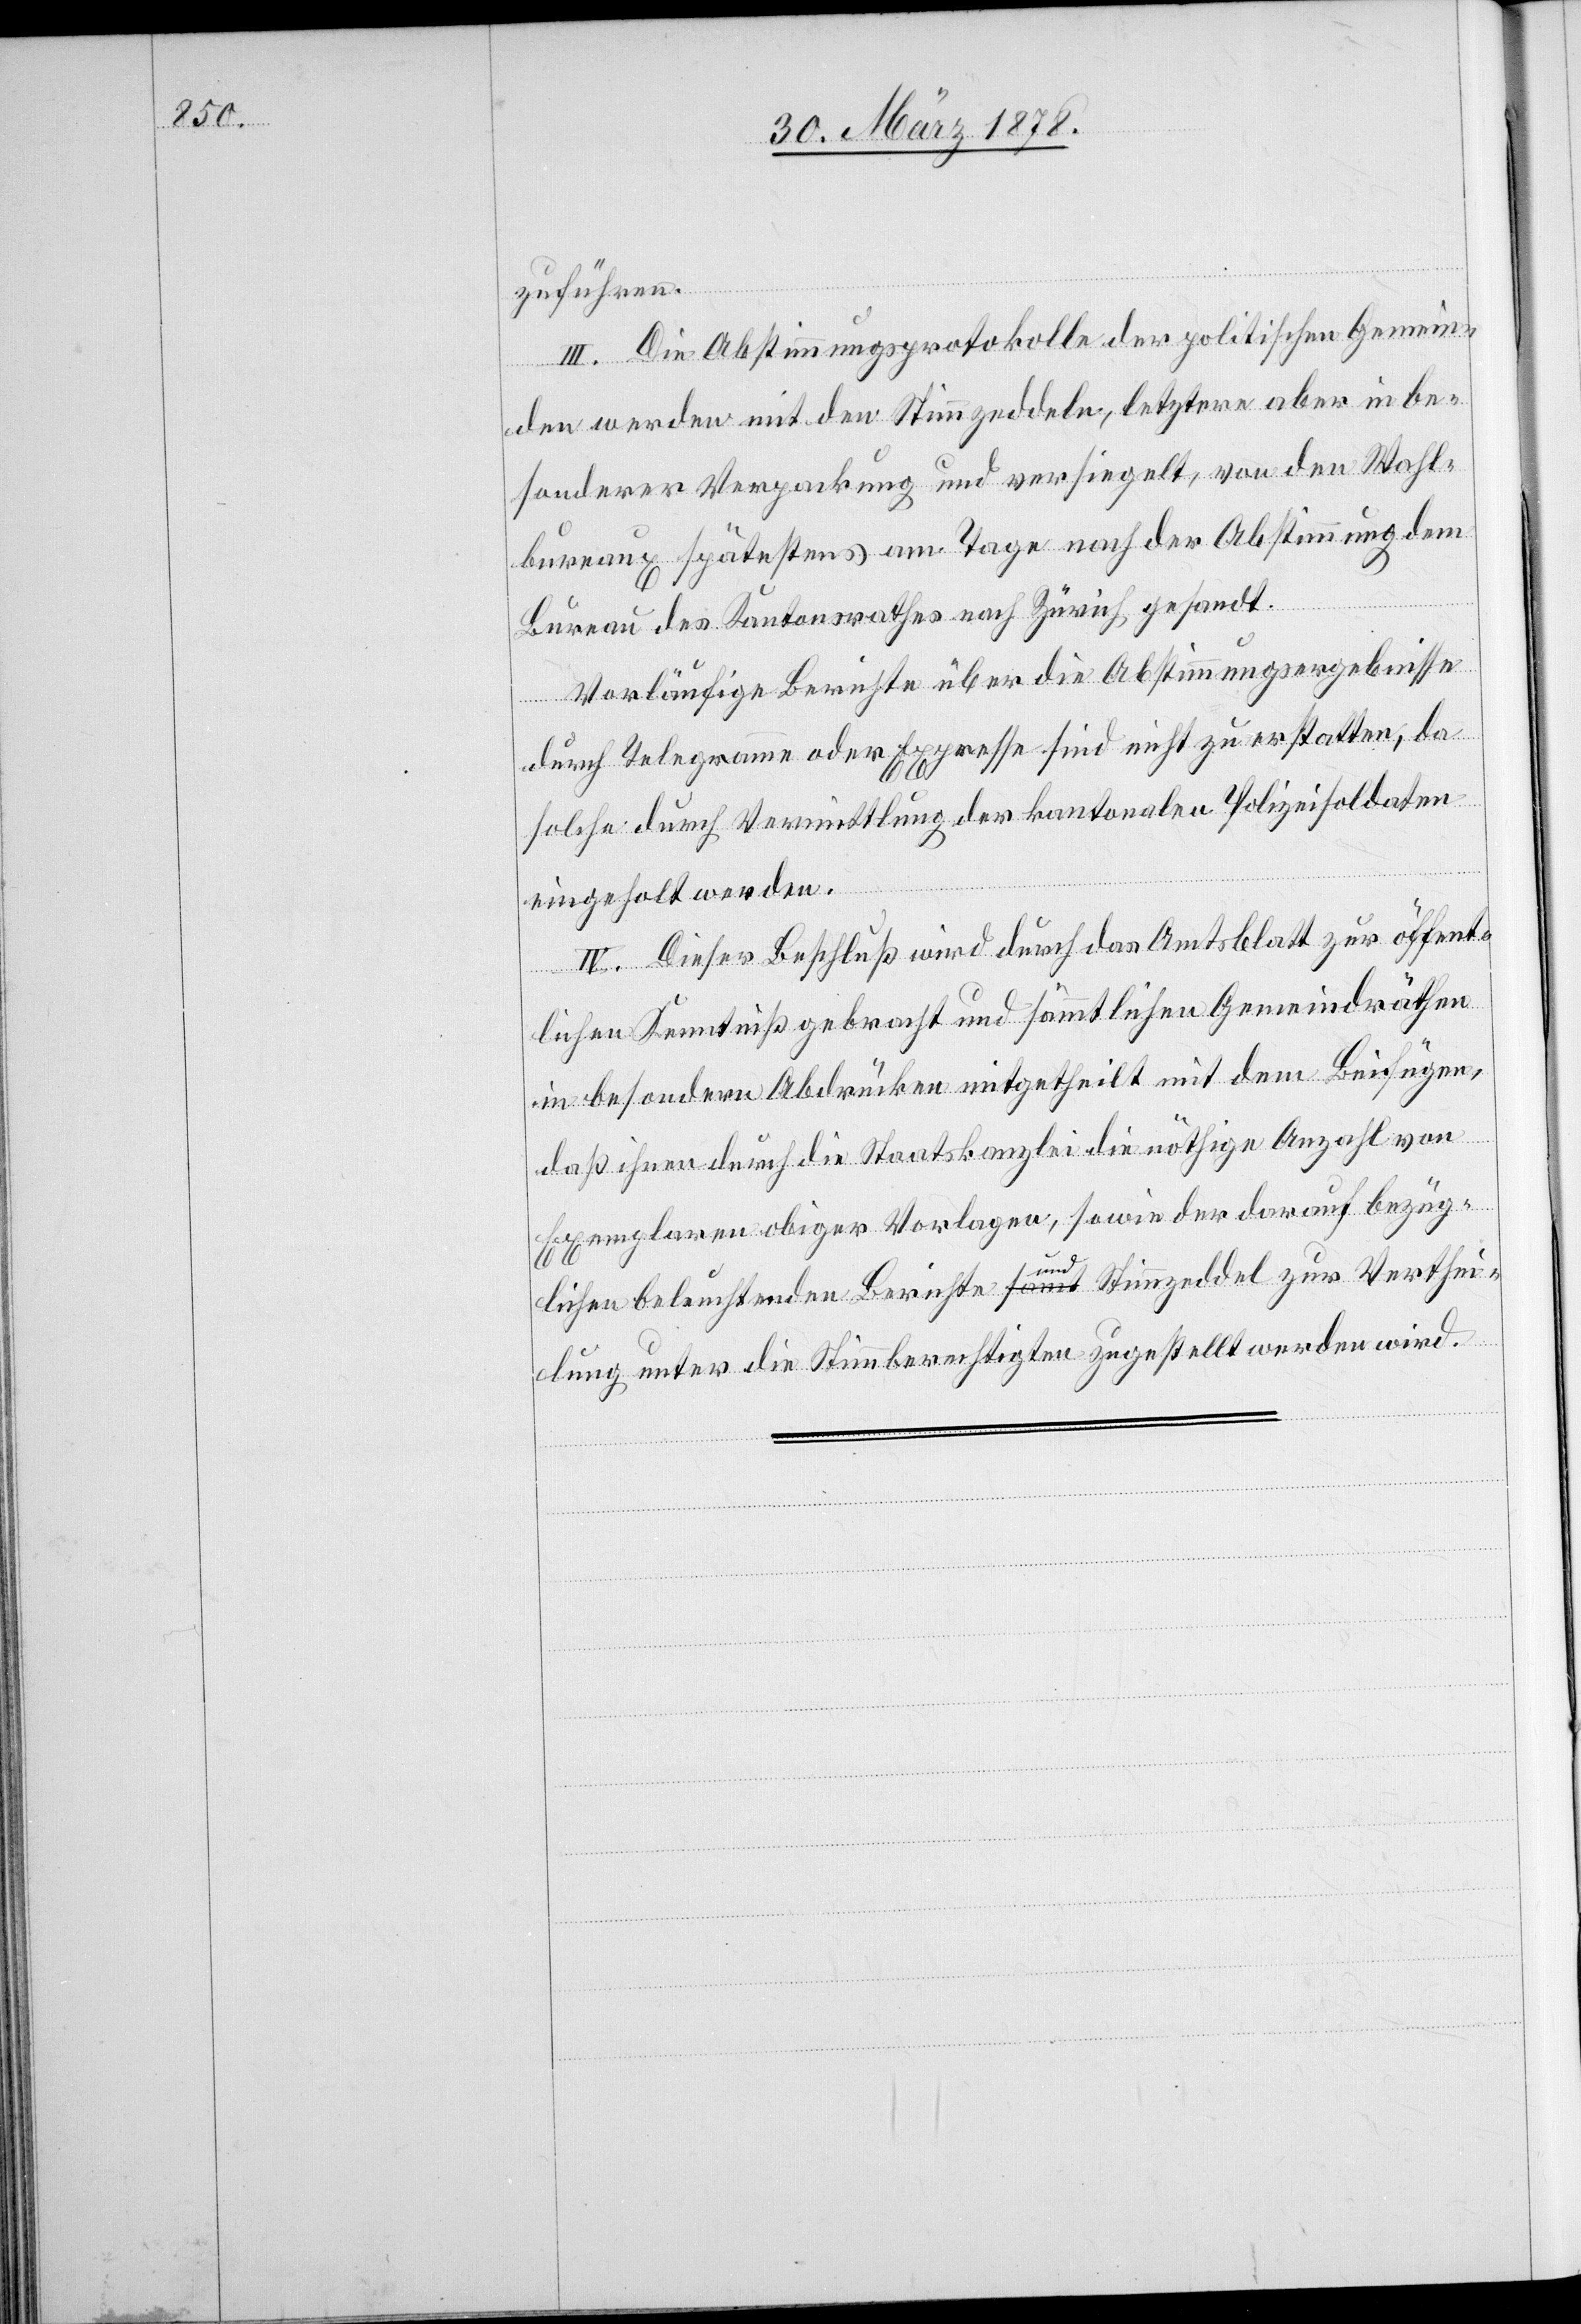
zuführen.
III. Die Abstimmungsprotokolle der politischen Gemein¬
den werden mit den Stimmzeddeln, letztere aber in be¬
sonderer Verpackung und versiegelt, von den Wahl¬
bureaux spätestens am Tage nach der Abstimmung dem
Bureau des Kantonsrathes nach Zürich gesandt.
Vorläufige Berichte über die Abstimmungsergebnisse
durch Telegramme oder Expresse sind nicht zu erstatten, da
solche durch Vermittlung der kantonalen Polizeisoldaten
eingeholt werden.
IV. Dieser Beschluß wird durch das Amtsblatt zur öffent¬
lichen Kenntniß gebracht und sämmtlichen Gemeindräthen
in besondern Abdrücken mitgetheilt mit dem Beifügen,
daß ihnen durch die Staatskanzlei die nöthige Anzahl von
Exemplaren obiger Vorlagen, sowie der darauf bezüg¬
lichen beleuchtenden Berichte und Stimmzeddel zur Verthei¬
lung unter die Stimmberechtigten zugestellt werden wird.